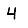
Digit: 4